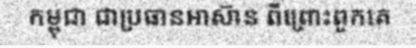
កម្ពុជា ជាប្រធានអាស៊ាន ពីព្រោះពួកគេ